Annual administration report of the Civil Veterinary Department of India - 1900-1901
Year: 1900
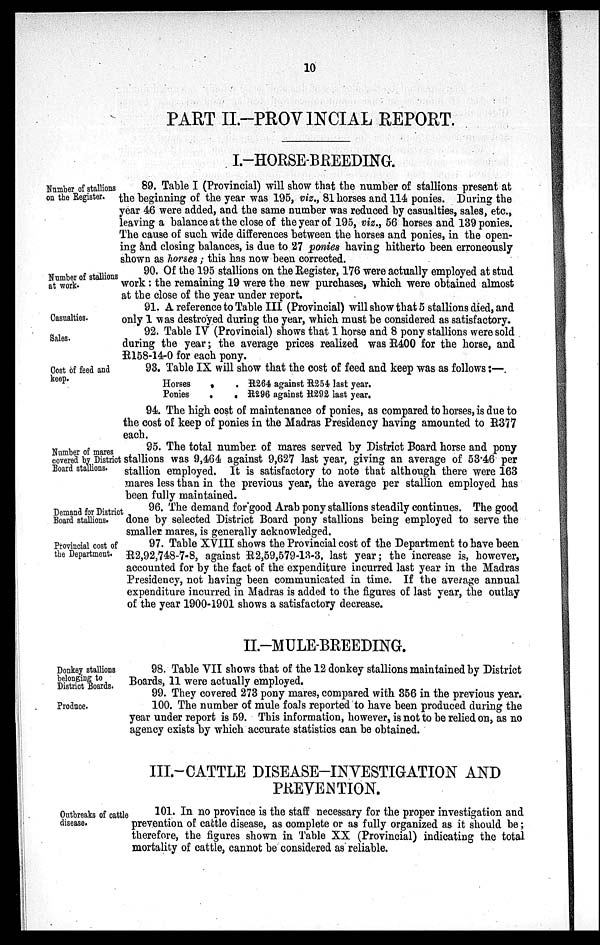
10
PART II.-PROVINCIAL REPORT.
I.-HORSE-BREEDING.
Number of stallions
on the Register.
89. Table I (Provincial) will show that the number of stallions present at
the beginning of the year was 195, viz., 81 horses and 114 ponies. During the
year 46 were added, and the same number was reduced by casualties, sales, etc.,
leaving a balance at the close of the year of 195, viz., 56 horses and 139 ponies.
The cause of such wide differences between the horses and ponies, in the open-
ing and closing balances, is due to 27 ponies having hitherto been erroneously
shown as horses; this has now been corrected.
Number of stallions
at work.
90. Of the 195 stallions on the Register, 176 were actually employed at stud
work: the remaining 19 were the new purchases, which were obtained almost
at the close of the year under report.
Casualties.
91. A reference to Table III (Provincial) will show that 5 stallions died, and
only 1 was destroyed during the year, which must be considered as satisfactory.
Sales.
92. Table IV (Provincial) shows that 1 horse and 8 pony stallions were sold
during the year; the average prices realized was R400 for the horse, and
E158-14-0 for each pony.
Cost of feed and
keep.
93. Table IX will show that the cost of feed and keep was as follows:—
Horses
Ponies
.
.
. R264 against R254 last year.
. R296 against R292 last year.
94. The high cost of maintenance of ponies, as compared to horses, is due to
the cost of keep of ponies in the Madras Presidency having amounted to R377
each.
Number of mares
covered by District
Board stallions.
95. The total number of mares served by District Board horse and pony
stallions was 9,464 against 9,627 last year, giving an average of 53.46 per
stallion employed. It is satisfactory to note that although there were 163
mares less than in the previous year, the average per stallion employed has
been fully maintained.
Demand for District
Board stallions.
96. The demand for good Arab pony stallions steadily continues. The good
done by selected District Board pony stallions being employed to serve the
smaller mares, is generally acknowledged.
Provincial cost of
the Department.
97. Table XVIII shows the Provincial cost of the Department to have been
R2,92,748-7-8, against R2,59,579-13-3, last year; the increase is, however,
accounted for by the fact of the expenditure incurred last year in the Madras
Presidency, not having been communicated in time. If the average annual
expenditure incurred in Madras is added to the figures of last year, the outlay
of the year 1900-1901 shows a satisfactory decrease.
II.-MULE-BREEDING.
Donkey stallions
belonging to
District Boards.
Produce.
98. Table VII shows that of the 12 donkey stallions maintained by District
Boards, 11 were actually employed.
99. They covered 273 pony mares, compared with 356 in the previous year.
100. The number of mule foals reported to have been produced during the
year under report is 59. This information, however, is not to be relied on, as no
agency exists by which accurate statistics can be obtained.
III.-CATTLE DISEASE-INVESTIGATION AND
PREVENTION.
Outbreaks of cattle
disease.
101. In no province is the staff necessary for the proper investigation and
prevention of cattle disease, as complete or as fully organized as it should be;
therefore, the figures shown in Table XX (Provincial) indicating the total
mortality of cattle, cannot be considered as reliable.